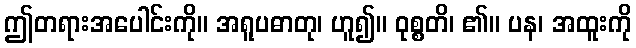
ဤတရားအပေါင်းကို။ အရူပဓာတု၊ ဟူ၍။ ဝုစ္စတိ၊ ၏။ ပန၊ အထူးကို